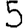
Digit: 5